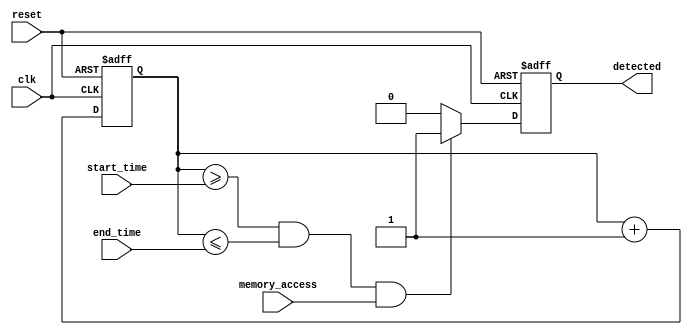
module MemoryBlocksTimeWindowDetector (
    input wire clk,                     // System clock
    input wire reset,                   // Asynchronous reset
    input wire memory_access,           // Memory access signal (read/write)
    input wire [31:0] start_time,       // Configurable start time of the window
    input wire [31:0] end_time,         // Configurable end time of the window
    output reg detected                 // Output signal indicating detection
);

// Time counter
reg [31:0] time_counter;

// State machine to track time and detection
always @(posedge clk or posedge reset) begin
    if (reset) begin
        time_counter <= 32'b0;
        detected <= 1'b0;
    end else begin
        // Increment the time counter with each clock cycle
        time_counter <= time_counter + 32'b1;

        // Check if current time is within the defined window and monitor memory access
        if ((time_counter >= start_time) && (time_counter <= end_time) && memory_access) begin
            detected <= 1'b1; // Set detected if within window and memory access occurs
        end else begin
            detected <= 1'b0; // Reset detected if out of window or no access
        end
    end
end

endmodule